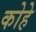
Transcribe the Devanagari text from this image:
कोहे